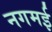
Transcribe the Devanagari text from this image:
नगमई